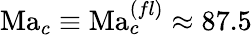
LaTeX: \mathrm{Ma}_{c}\equiv\mathrm{Ma}_{c}^{(fl)}\approx 87.5